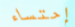
إحتساء